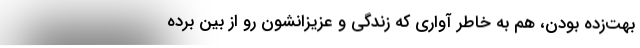
بهت‌زده بودن، هم به خاطر آواري كه زندگي و عزيزانشون رو از بين برده